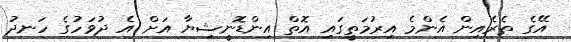
އޭގެ ތެރެއިން އެންމެ އިރުމަތީގައި އޮތް އިންޑޮނީޝިޔާ އަށް އެ ދުވަހުގެ ހަނދު